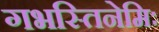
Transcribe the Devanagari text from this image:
गभस्तिनेमिः